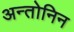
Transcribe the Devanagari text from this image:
अन्तोनिन